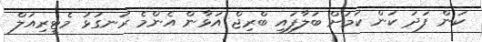
ކަން ފަދަ ކަން ކަމަށް ބަލާފައި ބްރިޖް އަޅާން އެންމެ ރަނގަޅު މެޓީރިއަލް